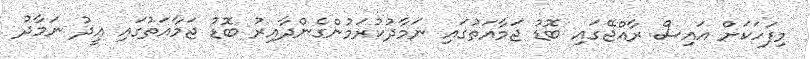
މިފަހަކަށް އައިސް ރާއްޖޭގައި ބޮޑު ޖަމާއަތުގައި ނަމާދުކުރަމުންގެންދާއިރު ބޮޑު ޖަމާއަތުގައި ޢީދު ނަމާދު